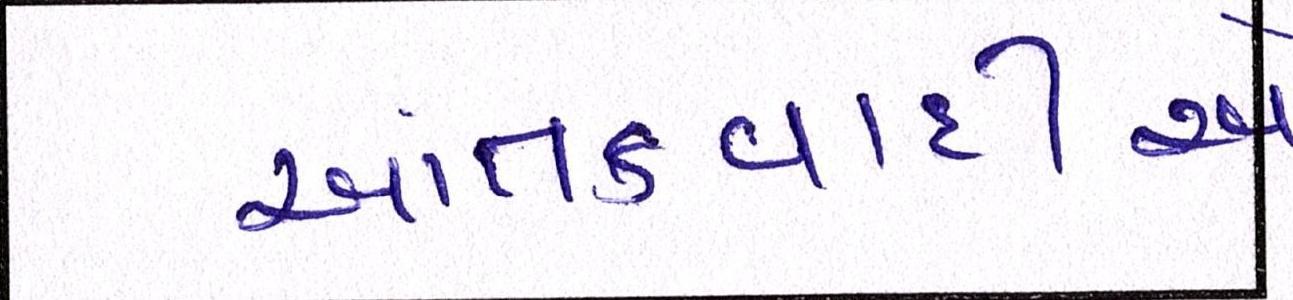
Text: આતંકવાદીઓ